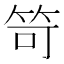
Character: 笴